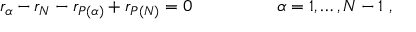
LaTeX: r _ { \alpha } - r _ { N } - r _ { P ( \alpha ) } + r _ { P ( N ) } = 0 \, ~ ~ ~ ~ ~ ~ ~ ~ ~ ~ ~ ~ ~ ~ \alpha = 1 , \dots , N - 1 \ ,